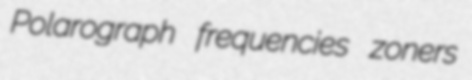
Polarograph frequencies zoners